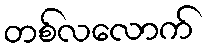
တစ်လလောက်